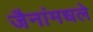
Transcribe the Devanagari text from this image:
जैनांमधले